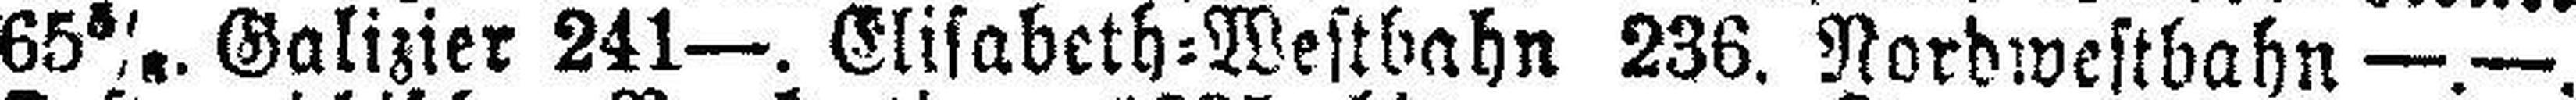
65 5/8. Galizier 241—. Elisabeth=Westbahn 236. Nordwestbahn —.—.